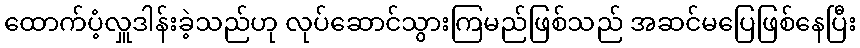
ထောက်ပံ့လှူဒါန်းခဲ့သည်ဟု လုပ်ဆောင်သွားကြမည်ဖြစ်သည် အဆင်မပြေဖြစ်နေပြီး